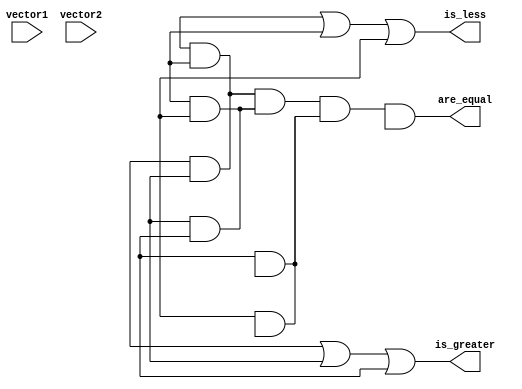
module four_bit_comparator (
    input [3:0] vector1,
    input [3:0] vector2,
    output are_equal,
    output is_greater,
    output is_less
);

wire [3:0] equality;
wire [3:0] greater;
wire [3:0] less;

xor x0(vector1[0], vector2[0], equality[0]);
xor x1(vector1[1], vector2[1], equality[1]);
xor x2(vector1[2], vector2[2], equality[2]);
xor x3(vector1[3], vector2[3], equality[3]);

and a0(equality[0], greater[0], greater[1]);
and a1(equality[1], greater[1], greater[2]);
and a2(equality[2], greater[2], greater[3]);

and b0(equality[0], less[0], less[1]);
and b1(equality[1], less[1], less[2]);
and b2(equality[2], less[2], less[3]);

assign are_equal = equality[0] & equality[1] & equality[2] & equality[3];
assign is_greater = greater[0] | greater[1] | greater[2];
assign is_less = less[0] | less[1] | less[2];

endmodule